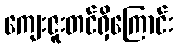
ကျေးဇူးတင်ရှိကြောင်း